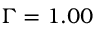
\Gamma = 1 . 0 0